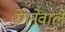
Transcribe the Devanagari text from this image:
रेगनेवाले